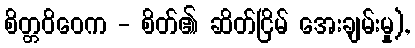
စိတ္တဝိဝေက - စိတ်၏ ဆိတ်ငြိမ် အေးချမ်းမှု),